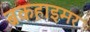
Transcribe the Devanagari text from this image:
ब्रकहाइमर